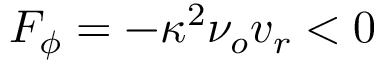
F _ { \phi } = - \kappa ^ { 2 } \nu _ { o } v _ { r } < 0